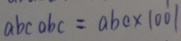
a b c a b c = a b c \times 1 0 0 1